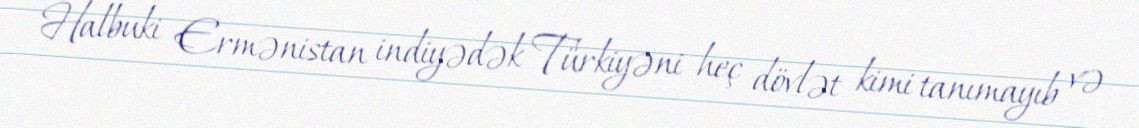
Halbuki Ermənistan indiyədək Türkiyəni heç dövlət kimi tanımayıb və